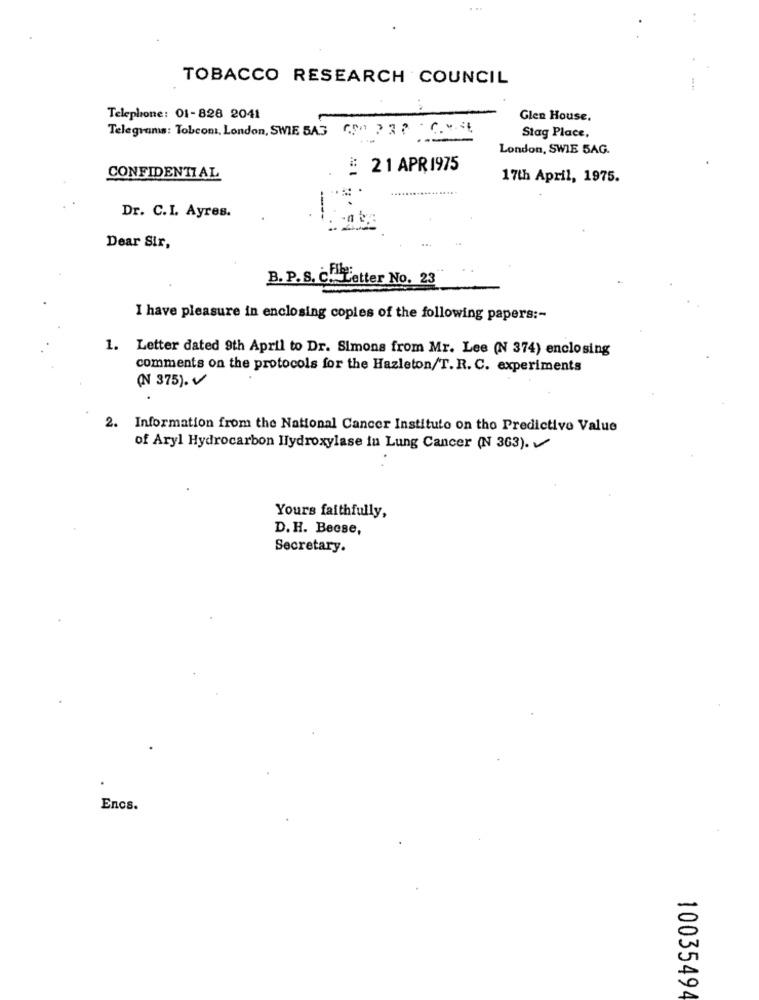
TOBACCO RESEARCH COUNCIL
Telephone: 01-828 2041
Glen House.
Telegrams: Tobcom, London, SWIE 5A3
Stag Place,
London, SWIE 5AG.
#: 21 APR 1975
CONFIDENTIAL
17th April, 1975.
Dr. C.I. Ayres.
Dear Sir,
B. P.S. C. Letter No. 23
I have pleasure in enclosing copies of the following papers :-
1. Letter dated 9th April to Dr. Simons from Mr. Lee (N 374) enclosing
comments on the protocols for the Hazleton/T.R. C. experiments
(N 375).
2. Information from the National Cancer Institute on the Predictive Value
of Aryl Hydrocarbon Hydroxylase in Lung Cancer (N 363).
Yours faithfully,
D. H. Becse,
Secretary.
Encs.
1003549